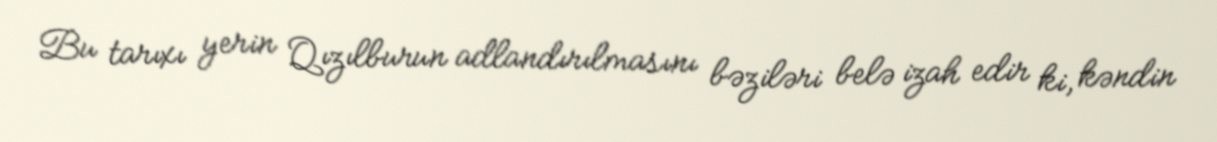
Bu tarıxı yerin Qızılburun adlandırılmasını bəziləri belə izah edir ki, kəndin